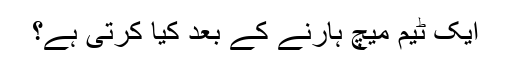
ایک ٹیم میچ ہارنے کے بعد کیا کرتی ہے؟